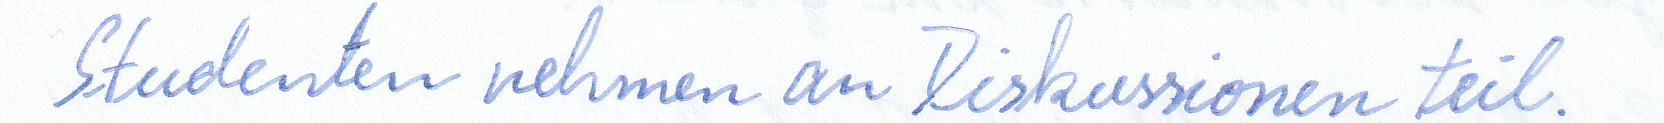
Studenten nehmen an Diskussionen teil.